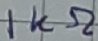
Text: 1KΩ